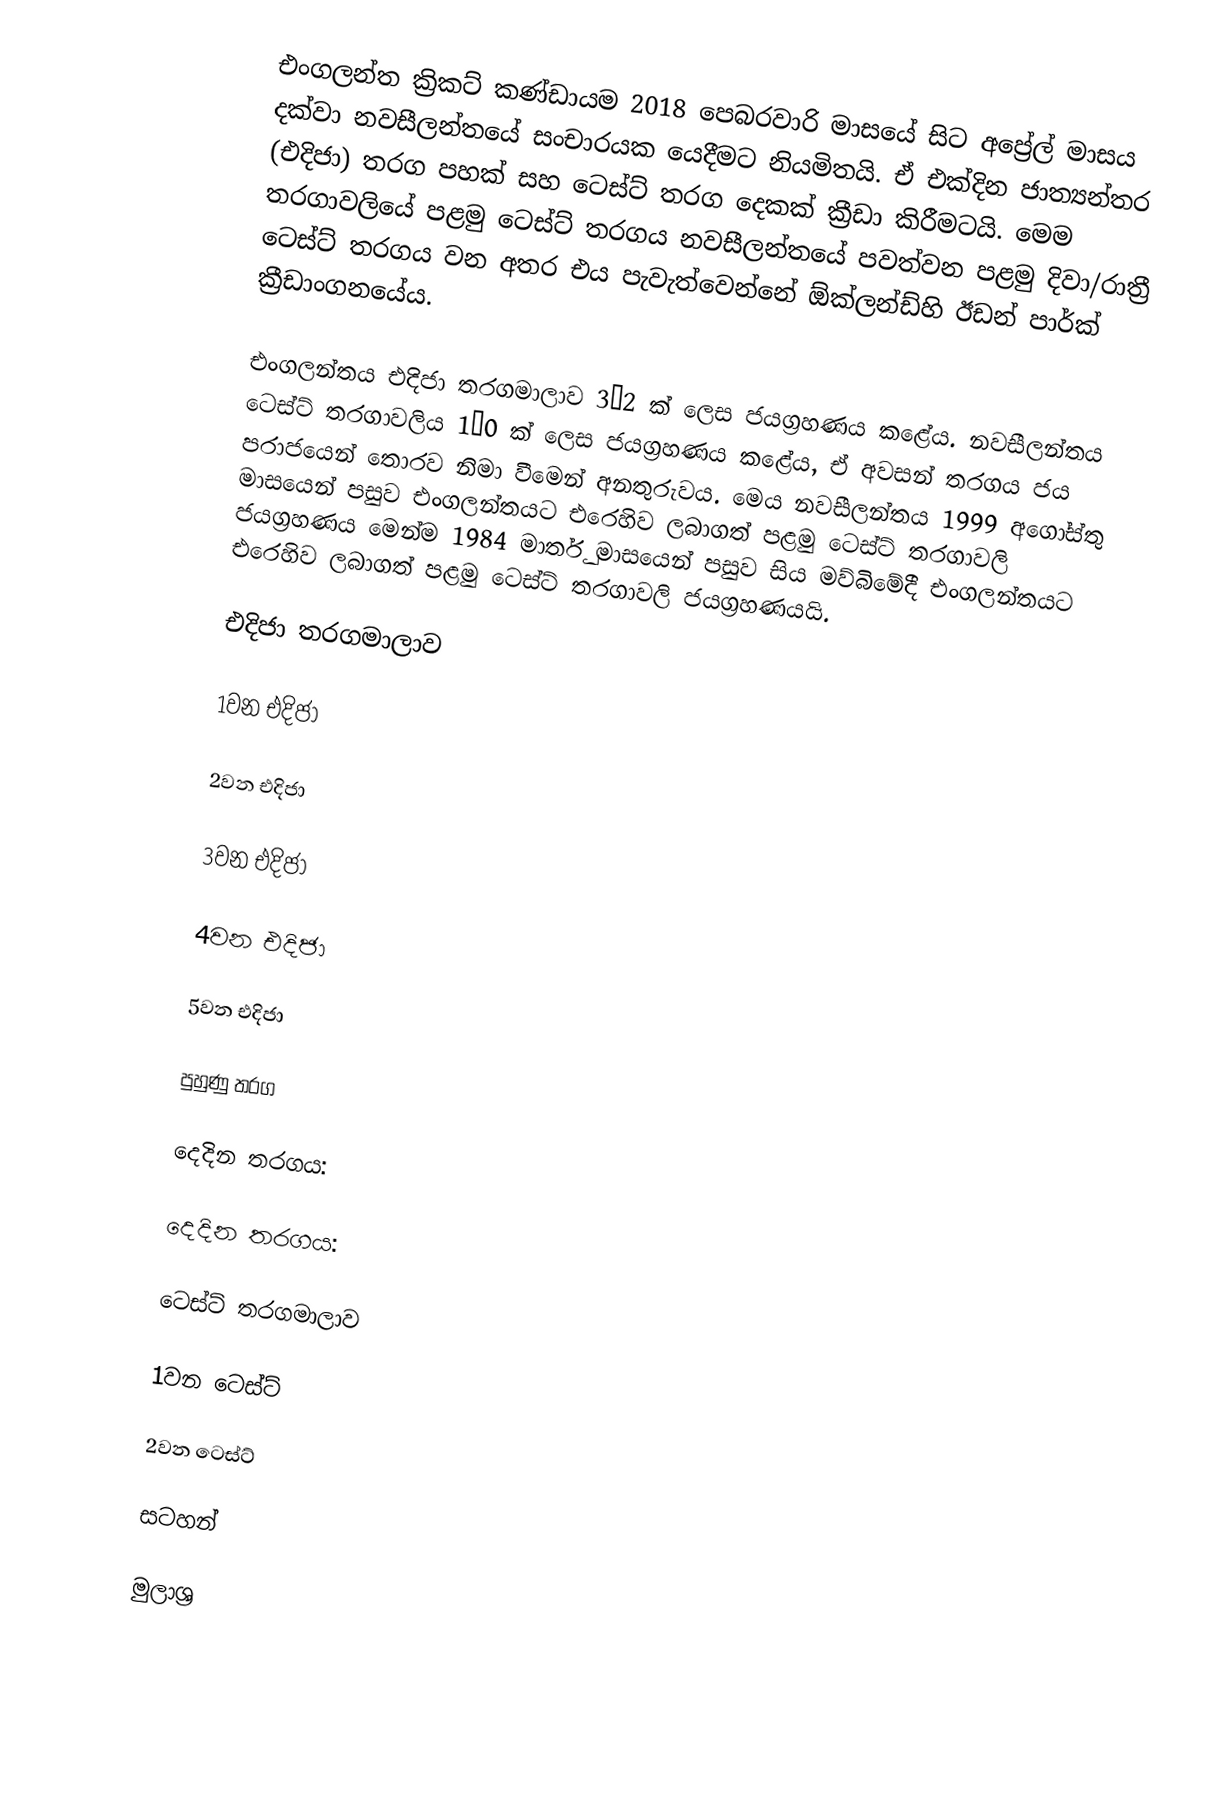
එංගලන්ත ක්‍රිකට් කණ්ඩායම 2018 පෙබරවාරි මාසයේ සිට අප්‍රේල් මාසය දක්වා නවසීලන්තයේ සංචාරයක යෙදීමට නියමිතයි. ඒ එක්දින ජාත්‍යන්තර (එදිජා) තරග පහක් සහ ටෙස්ට් තරග දෙකක් ක්‍රීඩා කිරීමටයි. මෙම තරගාවලියේ පළමු ටෙස්ට් තරගය නවසීලන්තයේ පවත්වන පළමු දිවා/රාත්‍රී ටෙස්ට් තරගය වන අතර එය පැවැත්වෙන්නේ ඕක්ලන්ඩ්හි ඊඩන් පාර්ක් ක්‍රීඩාංගනයේය.

එංගලන්තය එදිජා තරගමාලාව 3–2 ක් ලෙස ජයග්‍රහණය කළේය. නවසීලන්තය ටෙස්ට් තරගාවලිය 1–0 ක් ලෙස ජයග්‍රහණය කළේය, ඒ අවසන් තරගය ජය පරාජයෙන් තොරව නිමා වීමෙන් අනතුරුවය. මෙය නවසීලන්තය 1999 අගෝස්තු මාසයෙන් පසුව එංගලන්තයට එරෙහිව ලබාගත් පළමු ටෙස්ට් තරගාවලි ජයග්‍රහණය මෙන්ම 1984 මාර්තු මාසයෙන් පසුව සිය මව්බිමේදී එංගලන්තයට එරෙහිව ලබාගත් පළමු ටෙස්ට් තරගාවලි ජයග්‍රහණයයි.

එදිජා තරගමාලාව

1වන එදිජා

2වන එදිජා

3වන එදිජා

4වන එදිජා

5වන එදිජා

පුහුණු තරග

දෙදින තරගය:

දෙදින තරගය:

ටෙස්ට් තරගමාලාව

1වන ටෙස්ට්

2වන ටෙස්ට්

සටහන්

මුලාශ්‍ර